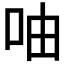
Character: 𠱋